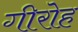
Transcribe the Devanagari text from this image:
गीरोह